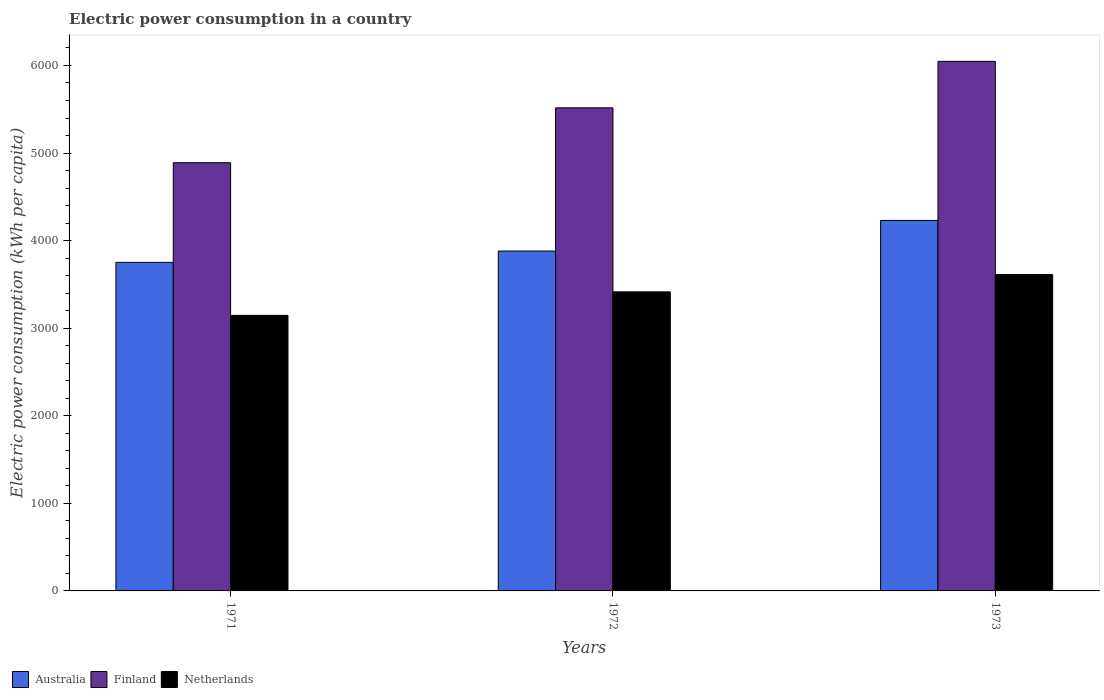
| Years | Australia | Finland | Netherlands |
 | --- | --- | --- | --- |
 | 1971 | 3.75e+03 | 4.89e+03 | 3.15e+03 |
 | 1972 | 3.88e+03 | 5.52e+03 | 3.41e+03 |
 | 1973 | 4.23e+03 | 6.05e+03 | 3.61e+03 |